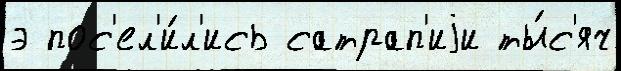
э пос'ел'и́л'ись сатрап'иjи ты́с'яч